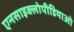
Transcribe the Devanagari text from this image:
एनसाइक्लोपीडियाओ